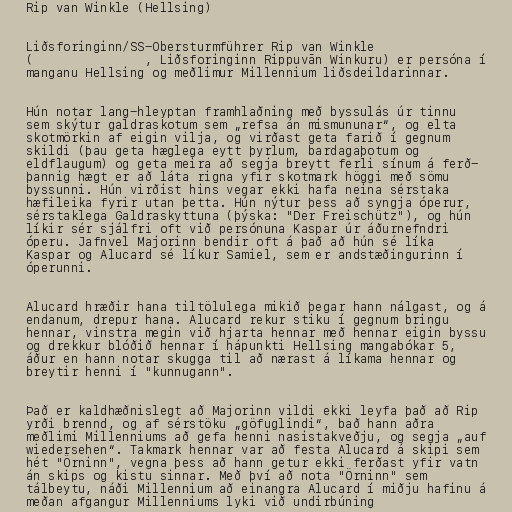
Rip van Winkle (Hellsing)

Liðsforinginn/SS-Obersturmführer Rip van Winkle
(リップヴァーン・ウィンクル中尉, Liðsforinginn Rippuvān Winkuru) er persóna í
manganu Hellsing og meðlimur Millennium liðsdeildarinnar.

Hún notar lang-hleyptan framhlaðning með byssulás úr tinnu
sem skýtur galdraskotum sem „refsa án mismununar“, og elta
skotmörkin af eigin vilja, og virðast geta farið í gegnum
skildi (þau geta hæglega eytt þyrlum, bardagaþotum og
eldflaugum) og geta meira að segja breytt ferli sínum á ferð-
þannig hægt er að láta rigna yfir skotmark höggi með sömu
byssunni. Hún virðist hins vegar ekki hafa neina sérstaka
hæfileika fyrir utan þetta. Hún nýtur þess að syngja óperur,
sérstaklega Galdraskyttuna (þýska: "Der Freischütz"), og hún
líkir sér sjálfri oft við persónuna Kaspar úr áðurnefndri
óperu. Jafnvel Majorinn bendir oft á það að hún sé líka
Kaspar og Alucard sé líkur Samiel, sem er andstæðingurinn í
óperunni.

Alucard hræðir hana tiltölulega mikið þegar hann nálgast, og á
endanum, drepur hana. Alucard rekur stiku í gegnum bringu
hennar, vinstra megin við hjarta hennar með hennar eigin byssu
og drekkur blóðið hennar í hápunkti Hellsing mangabókar 5,
áður en hann notar skugga til að nærast á líkama hennar og
breytir henni í "kunnugann".

Það er kaldhæðnislegt að Majorinn vildi ekki leyfa það að Rip
yrði brennd, og af sérstöku „göfuglindi“, bað hann aðra
meðlimi Millenniums að gefa henni nasistakveðju, og segja „auf
wiedersehen“. Takmark hennar var að festa Alucard á skipi sem
hét "Örninn", vegna þess að hann getur ekki ferðast yfir vatn
án skips og kistu sinnar. Með því að nota "Örninn" sem
tálbeytu, náði Millennium að einangra Alucard í miðju hafinu á
meðan afgangur Millenniums lyki við undirbúning